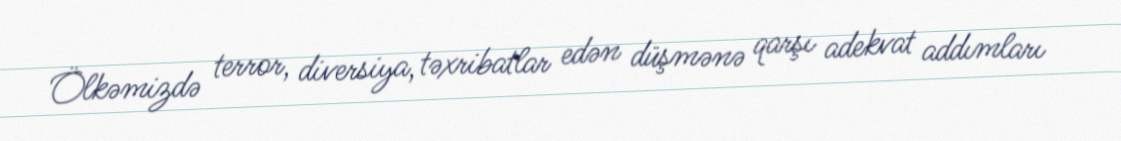
Ölkəmizdə terror, diversiya, təxribatlar edən düşmənə qarşı adekvat addımları